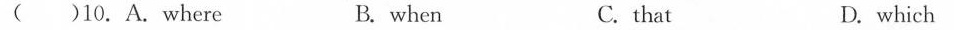
( )10.A. Where B. when C. that D. which